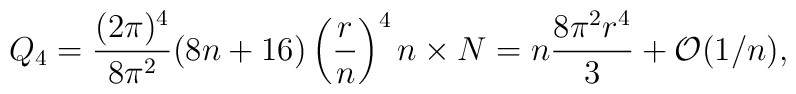
Q_4 =  \frac{(2 \pi)^4}{8\pi^2}(8n +16)\left({r\over n}\right)^4 n\times N = n  \frac{8\pi^2 r^4}{3} + {\cal O}(1/n),